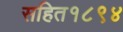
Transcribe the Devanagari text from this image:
सहित१८९४